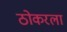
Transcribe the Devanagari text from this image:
ठोकरला